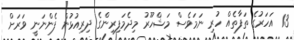
13 އަހަރުގެ ތަފާތެއް ހުރި ނަމަވެސް މަޝްހޫރު މިދެމަފިރިންގެ ދިރިއުޅުން ފެންނަނީ ވަރަށް